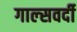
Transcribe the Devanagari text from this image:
गाल्‍सवर्दी